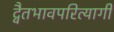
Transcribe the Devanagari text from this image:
द्वैतभावपरित्यागी